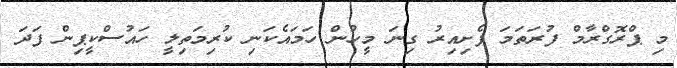
މި ޕްރޮގްރާމް ފުރަތަމަ ފެށިއިރު ގިނަ މީހުން ހަމައެކަނި ކުރިމަތިލީ ހައުސްކީޕިން ފަދަ